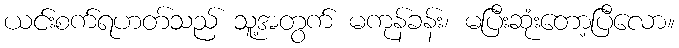
ယင်းစက်ရဟတ်သည် သူ့အတွက် မကုန်ခန်း၊ မပြီးဆုံးတော့ပြီလော။